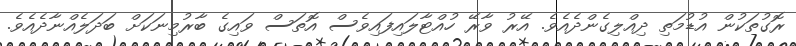
ރޮގުތަކުން އުޑުމަތި ދިއްލިގެންދެއެވެ. އޭރު ވާރޭ ހުއްޓާލައިފައިވެސް އޮތަސް ވައިގެ ބާރުމިނަކަށް ބަދަލެއްނާދެއެވެ.